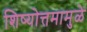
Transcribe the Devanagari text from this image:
शिष्योत्तमामुळे